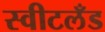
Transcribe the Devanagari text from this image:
स्वीटलँड